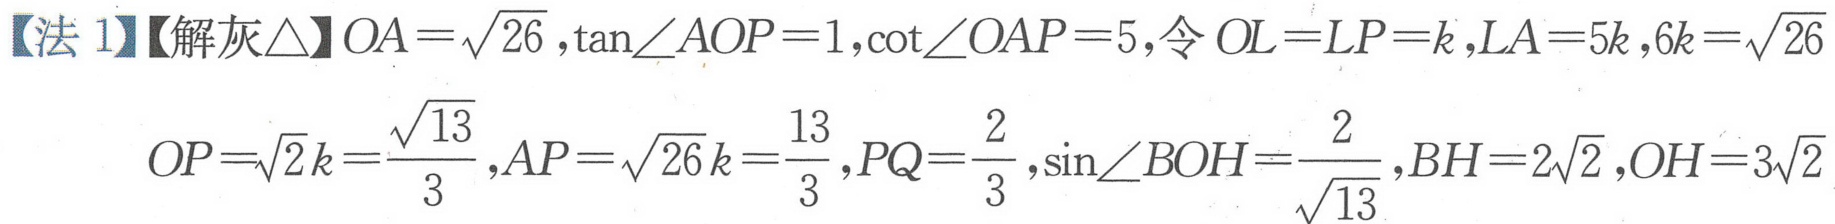
【法 1】【解灰$\triangle$】$OA = \sqrt{26},\tan\angle AOP = 1,\cot\angle OAP = 5$,令$OL = LP = k,LA = 5k,6k=\sqrt{26}$
$OP=\sqrt{2}k=\frac{\sqrt{13}}{3},AP=\sqrt{26}k=\frac{13}{3},PQ = \frac{2}{3},\sin\angle BOH=\frac{2}{\sqrt{13}},BH = 2\sqrt{2},OH = 3\sqrt{2}$